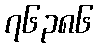
၇၆၃၈၆